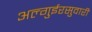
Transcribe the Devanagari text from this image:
अल्गुईरसुवारी